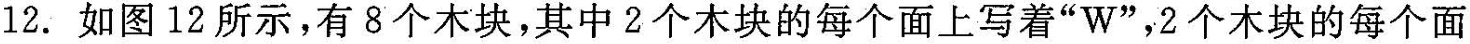
12.如图12所示，有8个木块，其中2个木块的每个面上写着“W”，2个木块的每个面